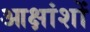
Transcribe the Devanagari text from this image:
आक्षांशों